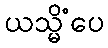
ယသ္မိံပေ